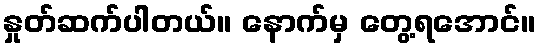
နှုတ်ဆက်ပါတယ်။ နောက်မှ တွေ့ရအောင်။